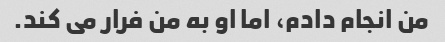
من انجام دادم، اما او به من فرار می کند.